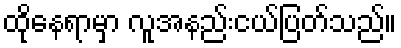
ထိုနေရာမှာ လူအနည်းငယ်ပြတ်သည်။